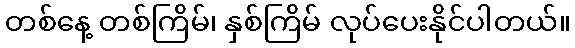
တစ်နေ့ တစ်ကြိမ်၊ နှစ်ကြိမ် လုပ်ပေးနိုင်ပါတယ်။